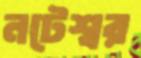
নটেশ্বর